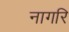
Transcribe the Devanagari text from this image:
नागरि